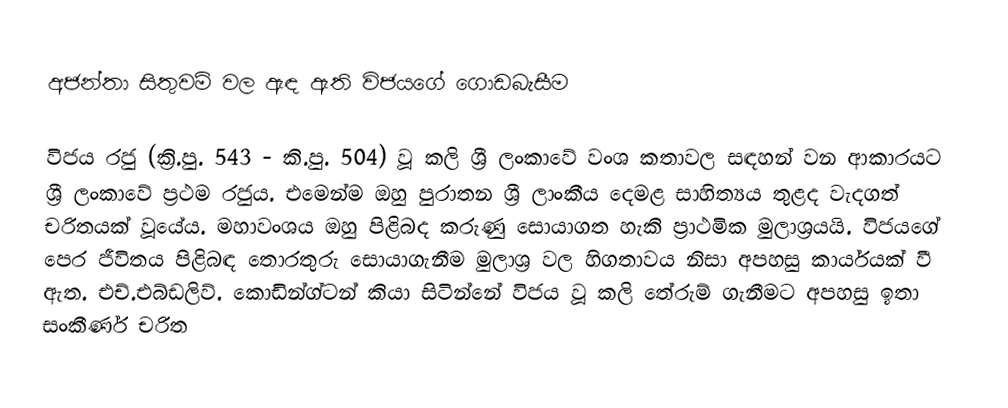
අජන්තා සිතුවම් වල ඇඳ ඇති විජයගේ ගොඩබැසීම

විජය රජු (ක්‍රි.පු. 543 - කි.පු. 504) වූ කලි ශ්‍රී ලංකාවේ වංශ කතාවල සඳහන් වන ආකාරයට ශ්‍රී ලංකාවේ ප්‍රථම රජුය. එමෙන්ම ඔහු  පුරාතන ශ්‍රී ලාංකීය දෙමළ සාහිත්‍යය තුළද වැදගත් චරිතයක් වූයේය. මහාවංශය ඔහු පිළිබද කරුණු සොයාගත හැකි ප්‍රාථමික මුලාශ්‍රයයි. විජයගේ පෙර ජීවිතය පිළිබඳ තොරතුරු සොයාගැනීම මුලාශ්‍ර වල හිගතාවය නිසා අපහසු කාර්යයක් වී ඇත. එච්.එබ්ඩලිව්. කොඩින්ග්ටන් කියා සිටින්නේ විජය වූ කලි තේරුම් ගැනීමට අපහසු ඉතා  සංකීර්ණ චරිත